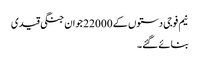
نیم فوجی دستوں کے 22000 جوان جنگی قیدی
بنائے گئے۔